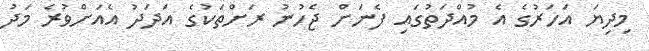
މިދިޔަ އަހަރުގެ އެ މުއްދަތުގައި ފެނަށް ޖެހުނު ރަށްތަކުގެ އަދަދު އެއަށްވުރެ މަދު